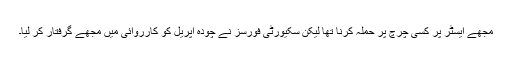
مجھے ایسٹر پر کسی چرچ پر حملہ کرنا تھا لیکن سکیورٹی فورسز نے چودہ اپریل کو کارروائی میں مجھے گرفتار کر لیا۔